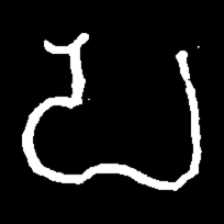
Pyu character \u2014 Myanmar letter: ပ (romanized: pa)